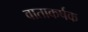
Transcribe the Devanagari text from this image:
वाताकर्षक